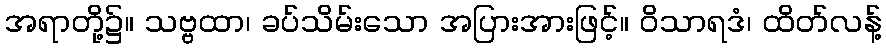
အရာတို့၌။ သဗ္ဗထာ၊ ခပ်သိမ်းသော အပြားအားဖြင့်။ ဝိသာရဒံ၊ ထိတ်လန့်